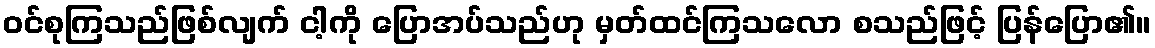
ဝင်စုကြသည်ဖြစ်လျက် ငါ့ကို ပြောအပ်သည်ဟု မှတ်ထင်ကြသလော စသည်ဖြင့် ပြန်ပြော၏။